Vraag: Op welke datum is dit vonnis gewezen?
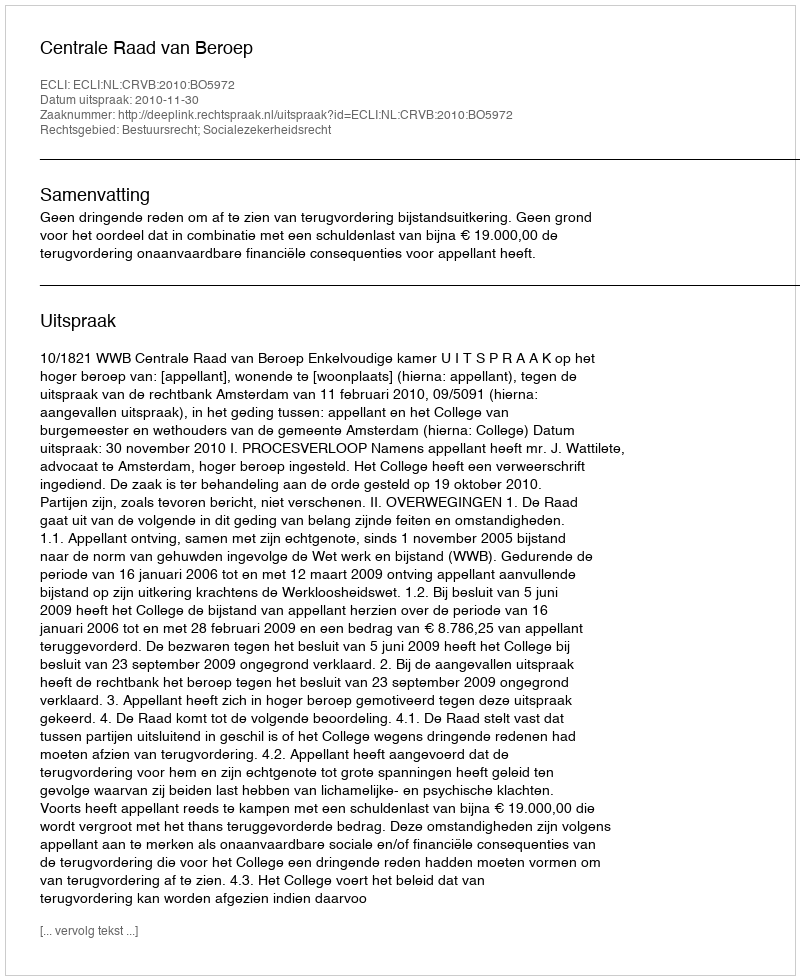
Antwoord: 2010-11-30